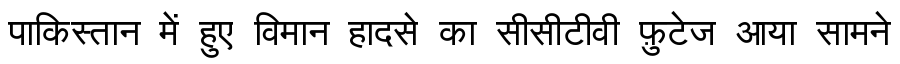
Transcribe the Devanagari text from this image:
पाकिस्तान में हुए विमान हादसे का सीसीटीवी फ़ुटेज आया सामने